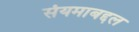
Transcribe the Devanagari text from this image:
संयमाबद्दल